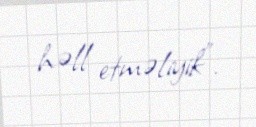
həll etməliyik”.